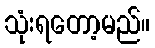
သုံးရတော့မည်။